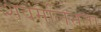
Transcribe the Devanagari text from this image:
शवमलिनता